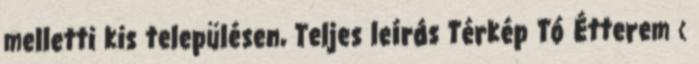
melletti kis településen, Teljes leírás Térkép Tó Étterem ‹